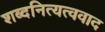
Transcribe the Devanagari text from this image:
शब्दनित्यत्ववाद